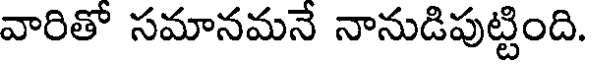
వారితో సమానమనే నానుడిపుట్టింది.